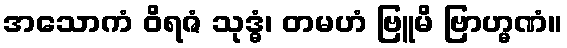
အသောကံ ဝိရဇံ သုဒ္ဓံ၊ တမဟံ ဗြူမိ ဗြာဟ္မဏံ။